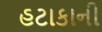
હટાકાની